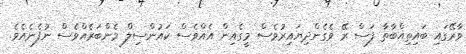
ވާރޭގައި ބައިތިއްބާތާ ފަސް ރޭ ވެގެންދިޔައިރުވެސް މީގެއިން އެއްވެސް ކައުންސިލް މެންބަރެއްވެސް ނުފެނެއެވެ.